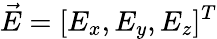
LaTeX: \vec{E}=[E_{x},E_{y},E_{z}]^{T}